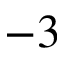
- 3